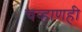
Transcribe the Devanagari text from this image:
चव्हाणही